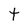
Character: t